Bréfritari: Andrés Fjeldsted
Viðtakandi: Einar Friðgeirsson
Dagsetning: A-1890-06-28
Skrifað á: Hvítárvöllum  Borg.

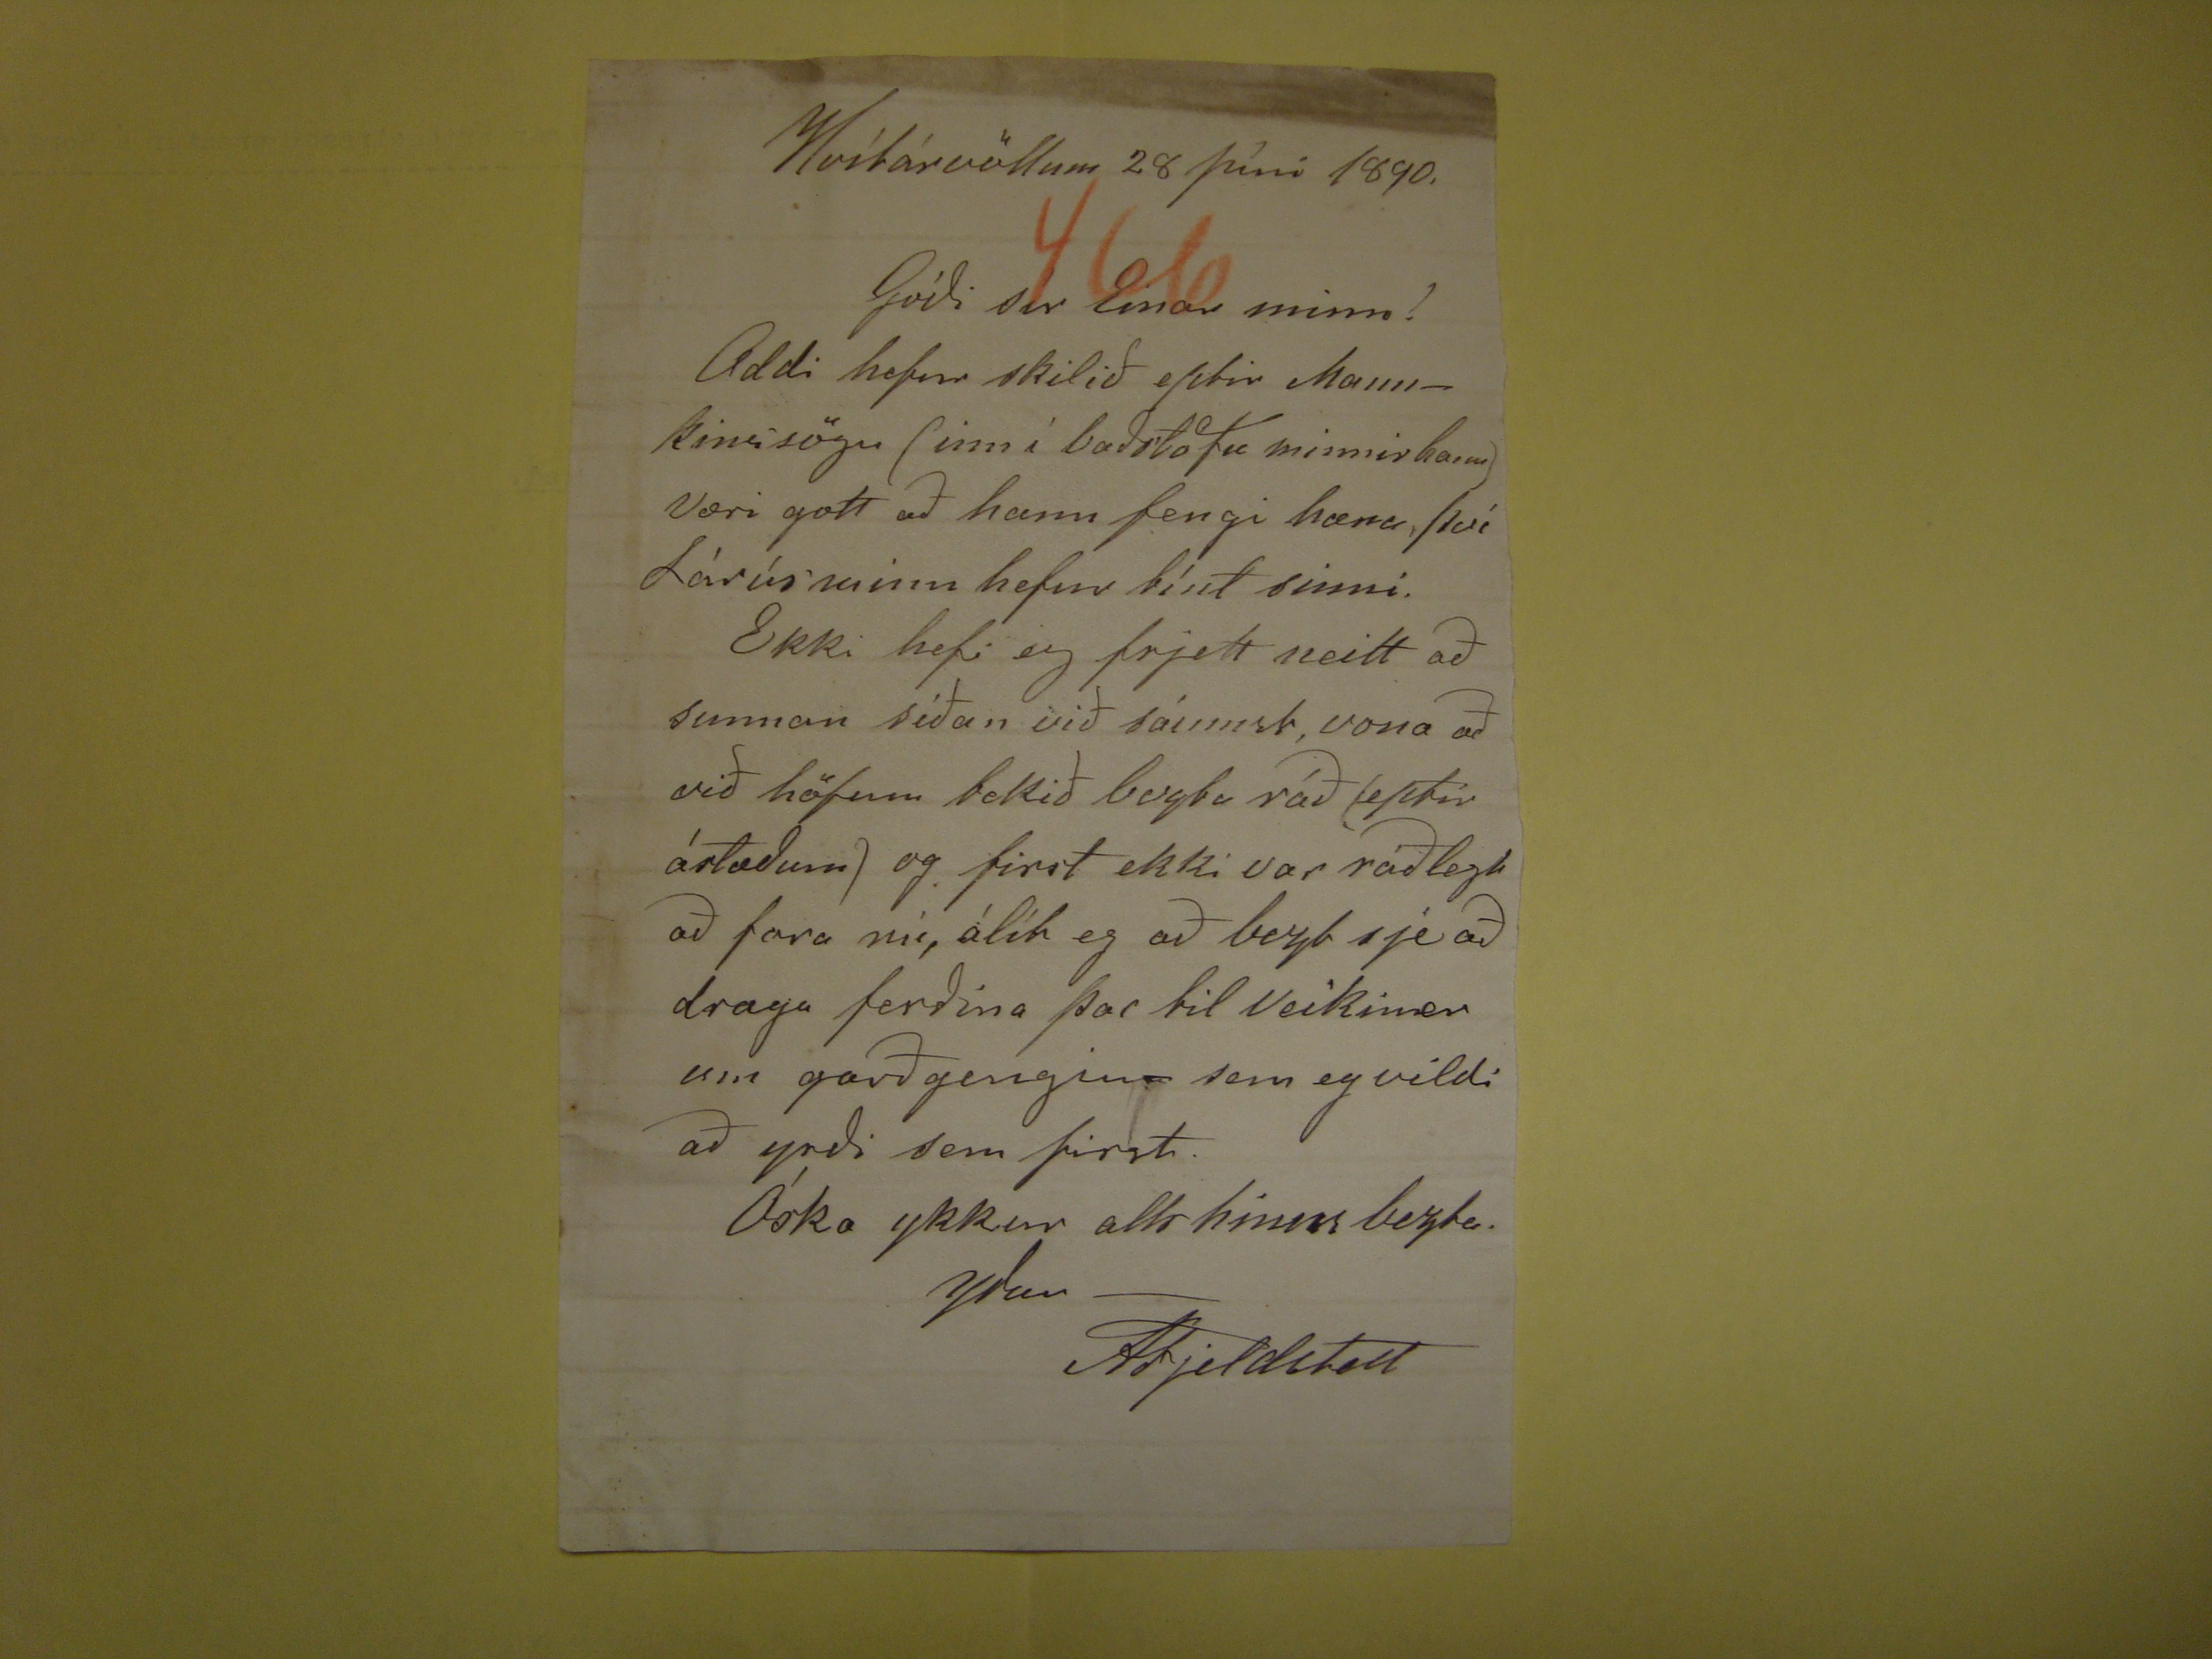

Hvítárvöllum 28 Júni 1890
Góði síra Einar minn!
Addi hefur skilið eptir Mannkinssögu (inn í baðstofu minnir hann) væri gott að hann fengi hana, því Lárús minn hefur tínt sinni. Ekki hefi eg frjett neitt að sunnan
síðan við sáumst, vona að við höfum tekið
bugba
ráð (eptir ástæðum) og first ekki var ráðlegt að fara nú, álít eg að bezt sje að draga ferðina þar
til veikiner um garð gengin - sem eg vildi að yrði sem first.
Óska ykkur alls hinns bezta.
yðar
AFjeldsted